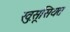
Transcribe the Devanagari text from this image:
खु़सूसियत